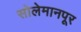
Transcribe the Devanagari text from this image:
सोलेमानपूर